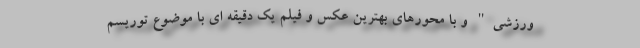
ورزشی" و با محورهای بهترین عکس و فیلم یک دقیقه ای با موضوع توریسم